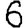
Digit: 6